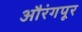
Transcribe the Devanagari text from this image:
औरंगपूर